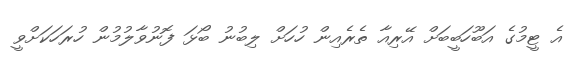
އެ ޓީމުގެ އަބޫހަބީބަށް އޭރިއާ ތެރެއިން ހުހަށް ލިބުނު ބޯޅަ ފޮނުވާލުމުން ހުރަހަކަށްވީ